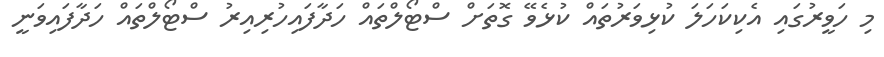
މި ހަވީރުގައި އެކިކަހަލަ ކުޅިވަރުތައް ކުޅެވޭ ގޮތަށް ސްޓޯލްތައް ހަދާފައިހުރިއިރު ސްޓޯލްތައް ހަދާފައިވަނީ